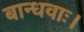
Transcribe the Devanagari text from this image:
बान्धवाः।